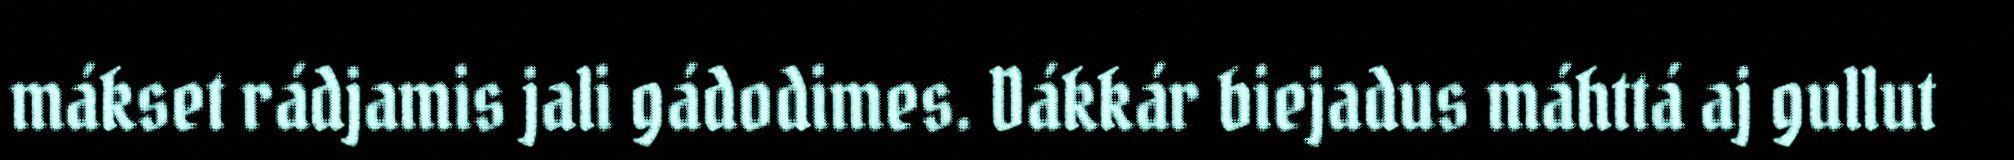
mákset rádjamis jali gádodimes. Dákkár biejadus máhttá aj gullut